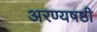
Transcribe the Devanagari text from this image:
अरण्यषष्ठी